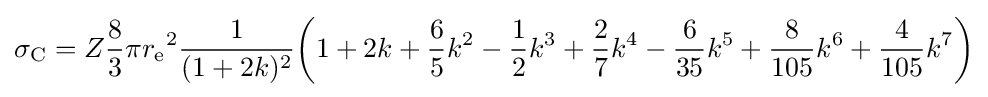
\sigma _{\text{C}}=Z{\frac {8}{3}}\pi {r_{\text{e}}}^{2}{\frac {1}{(1+2k)^{2}}}{\biggl (}1+2k+{\frac {6}{5}}k^{2}-{\frac {1}{2}}k^{3}+{\frac {2}{7}}k^{4}-{\frac {6}{35}}k^{5}+{\frac {8}{105}}k^{6}+{\frac {4}{105}}k^{7}{\biggr )}